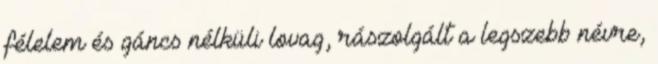
félelem és gáncs nélküli lovag, rászolgált a legszebb névre,